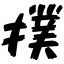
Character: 撲